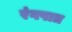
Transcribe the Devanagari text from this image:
रंगपात्र